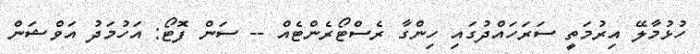
ހުޅުމާލޭ އިރުމަތީ ސަރަހައްދުގައި ހިންގާ ރެސްޓޯރެންޓެއް -- ސަން ފޮޓޯ: އަހުމަދު އަވްޝަން